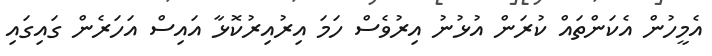
އެމީހުން އެކަންތައް ކުރަން އުޅުނު އިރުވެސް ހަމަ އިރުއިރުކޮޅާ އައިސް އަހަރެން ގައިގައި